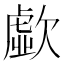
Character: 歔